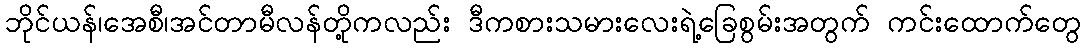
ဘိုင်ယန်၊အေစီ၊အင်တာမီလန်တို့ကလည်း ဒီကစားသမားလေးရဲ့ခြေစွမ်းအတွက် ကင်းထောက်တွေ